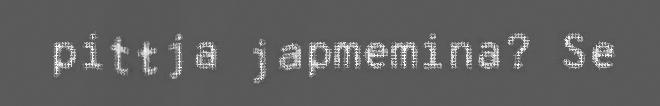
pittja japmemina? Se